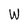
Character: W